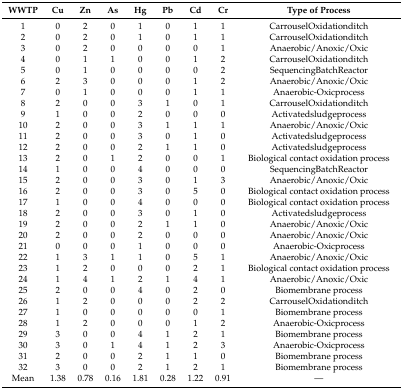
<table><thead><tr><td><b>WWTP</b></td><td><b>Cu</b></td><td><b>Zn</b></td><td><b>As</b></td><td><b>Hg</b></td><td><b>Pb</b></td><td><b>Cd</b></td><td><b>Cr</b></td><td><b>Type of Process</b></td></tr></thead><tbody><tr><td>1</td><td>0</td><td>2</td><td>0</td><td>1</td><td>0</td><td>1</td><td>1</td><td>CarrouselOxidationditch</td></tr><tr><td>2</td><td>0</td><td>2</td><td>0</td><td>1</td><td>0</td><td>1</td><td>1</td><td>CarrouselOxidationditch</td></tr><tr><td>3</td><td>0</td><td>2</td><td>0</td><td>0</td><td>0</td><td>0</td><td>1</td><td>Anaerobic/Anoxic/Oxic</td></tr><tr><td>4</td><td>0</td><td>1</td><td>1</td><td>0</td><td>0</td><td>1</td><td>2</td><td>CarrouselOxidationditch</td></tr><tr><td>5</td><td>0</td><td>1</td><td>0</td><td>0</td><td>0</td><td>0</td><td>2</td><td>SequencingBatchReactor</td></tr><tr><td>6</td><td>2</td><td>3</td><td>0</td><td>0</td><td>0</td><td>1</td><td>2</td><td>Anaerobic/Anoxic/Oxic</td></tr><tr><td>7</td><td>0</td><td>1</td><td>0</td><td>0</td><td>0</td><td>1</td><td>1</td><td>Anaerobic-Oxicprocess</td></tr><tr><td>8</td><td>2</td><td>0</td><td>0</td><td>3</td><td>1</td><td>0</td><td>1</td><td>CarrouselOxidationditch</td></tr><tr><td>9</td><td>1</td><td>0</td><td>0</td><td>2</td><td>0</td><td>0</td><td>0</td><td>Activatedsludgeprocess</td></tr><tr><td>10</td><td>2</td><td>0</td><td>0</td><td>3</td><td>1</td><td>1</td><td>1</td><td>Anaerobic/Anoxic/Oxic</td></tr><tr><td>11</td><td>2</td><td>0</td><td>0</td><td>3</td><td>0</td><td>1</td><td>0</td><td>Activatedsludgeprocess</td></tr><tr><td>12</td><td>2</td><td>0</td><td>0</td><td>2</td><td>1</td><td>1</td><td>0</td><td>Activatedsludgeprocess</td></tr><tr><td>13</td><td>2</td><td>0</td><td>1</td><td>2</td><td>0</td><td>0</td><td>1</td><td>Biological contact oxidation process</td></tr><tr><td>14</td><td>1</td><td>0</td><td>0</td><td>4</td><td>0</td><td>0</td><td>0</td><td>SequencingBatchReactor</td></tr><tr><td>15</td><td>2</td><td>0</td><td>0</td><td>3</td><td>0</td><td>1</td><td>3</td><td>Anaerobic/Anoxic/Oxic</td></tr><tr><td>16</td><td>2</td><td>0</td><td>0</td><td>3</td><td>0</td><td>5</td><td>0</td><td>Biological contact oxidation process</td></tr><tr><td>17</td><td>1</td><td>0</td><td>0</td><td>4</td><td>0</td><td>0</td><td>0</td><td>Biological contact oxidation process</td></tr><tr><td>18</td><td>2</td><td>0</td><td>0</td><td>3</td><td>0</td><td>1</td><td>0</td><td>Activatedsludgeprocess</td></tr><tr><td>19</td><td>2</td><td>0</td><td>0</td><td>2</td><td>1</td><td>1</td><td>0</td><td>Anaerobic/Anoxic/Oxic</td></tr><tr><td>20</td><td>2</td><td>0</td><td>0</td><td>2</td><td>0</td><td>0</td><td>0</td><td>Anaerobic/Anoxic/Oxic</td></tr><tr><td>21</td><td>0</td><td>0</td><td>0</td><td>1</td><td>0</td><td>0</td><td>0</td><td>Anaerobic-Oxicprocess</td></tr><tr><td>22</td><td>1</td><td>3</td><td>1</td><td>1</td><td>0</td><td>5</td><td>1</td><td>Anaerobic/Anoxic/Oxic</td></tr><tr><td>23</td><td>1</td><td>2</td><td>0</td><td>0</td><td>0</td><td>2</td><td>1</td><td>Biological contact oxidation process</td></tr><tr><td>24</td><td>1</td><td>4</td><td>1</td><td>2</td><td>1</td><td>4</td><td>1</td><td>Anaerobic/Anoxic/Oxic</td></tr><tr><td>25</td><td>2</td><td>0</td><td>0</td><td>4</td><td>0</td><td>2</td><td>0</td><td>Biomembrane process</td></tr><tr><td>26</td><td>1</td><td>2</td><td>0</td><td>0</td><td>0</td><td>2</td><td>2</td><td>CarrouselOxidationditch</td></tr><tr><td>27</td><td>1</td><td>0</td><td>0</td><td>0</td><td>0</td><td>0</td><td>1</td><td>Biomembrane process</td></tr><tr><td>28</td><td>1</td><td>2</td><td>0</td><td>0</td><td>0</td><td>1</td><td>2</td><td>Anaerobic-Oxicprocess</td></tr><tr><td>29</td><td>3</td><td>0</td><td>0</td><td>4</td><td>1</td><td>2</td><td>1</td><td>Biomembrane process</td></tr><tr><td>30</td><td>3</td><td>0</td><td>1</td><td>4</td><td>1</td><td>2</td><td>3</td><td>Anaerobic-Oxicprocess</td></tr><tr><td>31</td><td>2</td><td>0</td><td>0</td><td>2</td><td>1</td><td>1</td><td>0</td><td>Biomembrane process</td></tr><tr><td>32</td><td>3</td><td>0</td><td>0</td><td>2</td><td>1</td><td>2</td><td>1</td><td>Biomembrane process</td></tr><tr><td>Mean</td><td>1.38</td><td>0.78</td><td>0.16</td><td>1.81</td><td>0.28</td><td>1.22</td><td>0.91</td><td>—</td></tr></tbody></table>